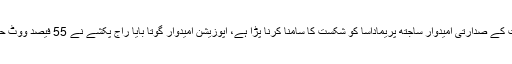
میڈیا رپورٹوں کے مطابق سری لنکا میں حکمران جماعت کے صدارتی امیدوار ساجتھ پریماداسا کو شکست کا سامنا کرنا پڑا ہے، اپوزیشن امیدوار گوتا بایا راج پکشے نے 55 فیصد ووٹ حاصل کرکے کانٹے دار مقابلے میں فتح حاصل کرلی ہے۔